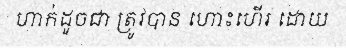
ហាក់ដូចជា ត្រូវបាន ហោះហើរ ដោយ